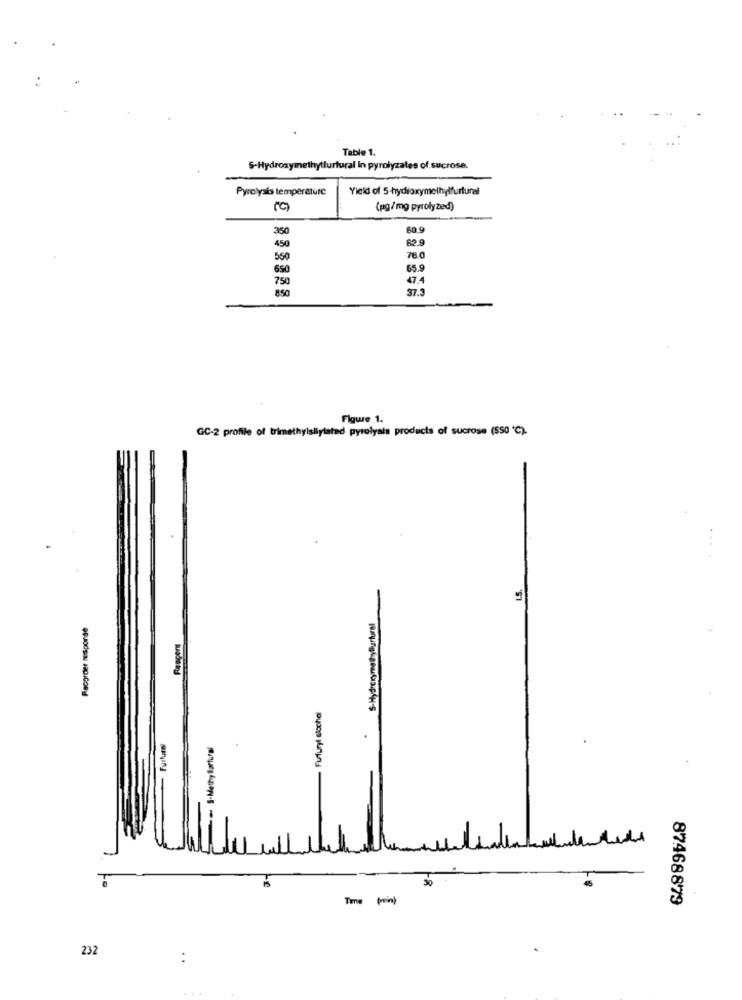
Table 1.
S-Hydroxymethyllurtural In pyrolyzales of.sucrose.
Pyrolysis temperaturć
Yield of 5-hydroxymethylfurtural
(C)
(pg/mg pyrolyzed)
350
60.9
82.9
450
550
76.0
650
65.9
750
850
37.
Figure 1.
GC-2 profile of trimethylsliylated pyrolysis products of sucrose (550 ℃).
L.S.
Rescent
Fufuryl clochel
Furfural
S-Methy Bartural
is
30
Time print
87468879
232
..